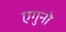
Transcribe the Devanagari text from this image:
एगुनो